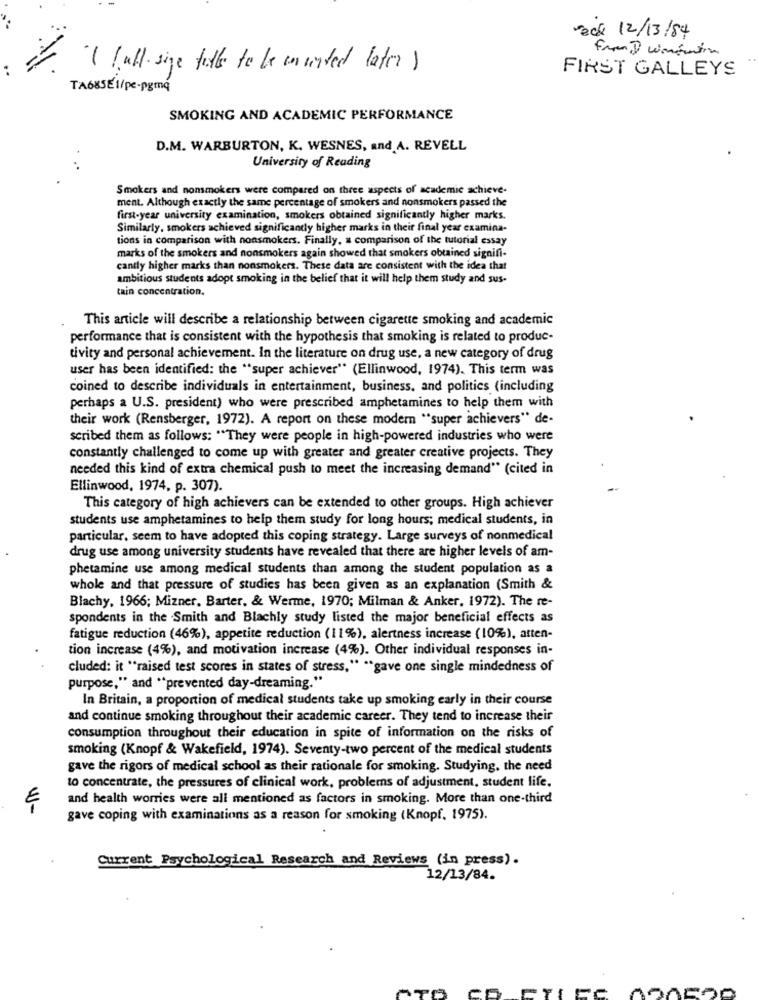
eck 12/13/84
( (all size title to be mounted later )
FIRST GALLEYS
TA685E1/pe-pgmq
SMOKING AND ACADEMIC PERFORMANCE
D.M. WARBURTON, K. WESNES, and A. REVELL
University of Reading
Smokers and nonsmokers were compared on three aspects of academic achieve-
ment. Although exactly the same percentage of smokers and nonsmokers passed the
first-year university examination, smokers obtained significantly higher marks.
Similarly, smokers achieved significantly higher marks in their final year examina-
tions in comparison with nonsmokers. Finally, a comparison of the tutorial essay
marks of the smokers and nonsmokers again showed that smokers obtained signifi-
cantly higher marks than nonsmokers. These data are consistent with the idea that
ambitious students adopt smoking in the belief that it will help them study and sus-
tain concentration.
This article will describe a relationship between cigarette smoking and academic
performance that is consistent with the hypothesis that smoking is related to produc-
tivity and personal achievement. In the literature on drug use, a new category of drug
user has been identified: the "super achiever" (Ellinwood, 1974). This term was
coined to describe individuals in entertainment, business, and politics (including
perhaps a U.S. president) who were prescribed amphetamines to help them with
their work (Rensberger, 1972). A report on these modern "super achievers" de-
scribed them as follows: "They were people in high-powered industries who were
constantly challenged to come up with greater and greater creative projects. They
needed this kind of extra chemical push to meet the increasing demand"" (cited in
Ellinwood, 1974, p. 307).
This category of high achievers can be extended to other groups. High achiever
students use amphetamines to help them study for long hours; medical students, in
particular, seem to have adopted this coping strategy. Large surveys of nonmedical
drug use among university students have revealed that there are higher levels of am-
phetamine use among medical students than among the student population as a
whole and that pressure of studies has been given as an explanation (Smith &
Blachy, 1966; Mizner, Barter, & Werme, 1970; Milman & Anker, 1972). The re-
spondents in the .Smith and Blachly study listed the major beneficial effects as
fatigue reduction (46%), appetite reduction (11%), alertness increase (10%), atten-
tion increase (4%), and motivation increase (4%). Other individual responses in-
cluded: it "raised test scores in states of stress," ** gave one single mindedness of
purpose," and "prevented day-dreaming."
In Britain, a proportion of medical students take up smoking early in their course
and continue smoking throughout their academic career. They tend to increase their
consumption throughout their education in spite of information on the risks of
smoking (Knopf & Wakefield, 1974). Seventy-two percent of the medical students
gave the rigors of medical school as their rationale for smoking. Studying, the need
to concentrate, the pressures of clinical work, problems of adjustment, student life.
and health worries were all mentioned as factors in smoking. More than one-third
E
gave coping with examinations as a reason for smoking (Knopf, 1975).
Current Psychological Research and Reviews (in press).
12/13/84.